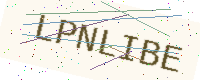
Text: LPNLIBE